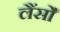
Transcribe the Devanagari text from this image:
लैंसोँ